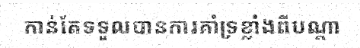
កាន់តែទទួលបានការគាំទ្រខ្លាំងពីបណ្តា